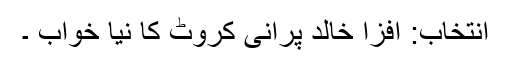
انتخاب: افزا خالد پرانی کروٹ کا نیا خواب ۔